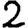
Digit: 2